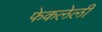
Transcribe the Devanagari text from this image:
फेकलेली